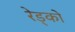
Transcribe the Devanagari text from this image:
रेड्को